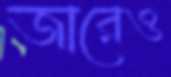
জারেও